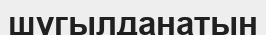
шұгылданатын